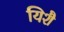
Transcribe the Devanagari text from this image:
यिशै